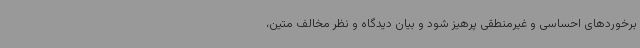
برخوردهای احساسی و غیرمنطقی پرهیز شود و بیان دیدگاه و نظر مخالف متین،